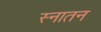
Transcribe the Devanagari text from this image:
स्नातन